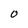
Character: O